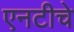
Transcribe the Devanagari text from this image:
एनटीचे